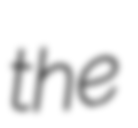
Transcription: the